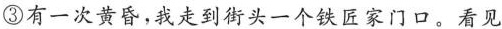
③有一次黄昏，我走到街头一个铁匠家门口，看见